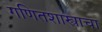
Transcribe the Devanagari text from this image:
गणितशास्त्राचा